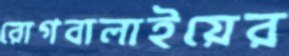
রোগবালাইয়ের